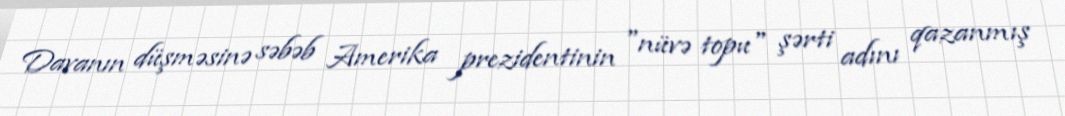
Davanın düşməsinə səbəb Amerika prezidentinin "nüvə topu" şərti adını qazanmış